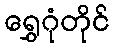
ရွှေဂုံတိုင်